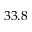
3 3 . 8